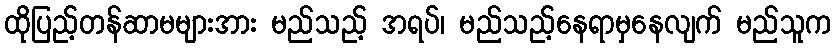
ထိုပြည့်တန်ဆာမများအား မည်သည့် အရပ်၊ မည်သည့်နေရာမှနေလျက် မည်သူက